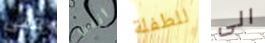
فتى أنني للطفلة الى